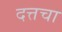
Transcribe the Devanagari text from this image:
दत्तचा